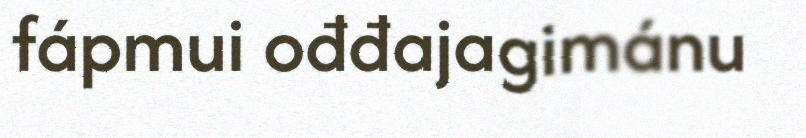
fápmui ođđajagimánu